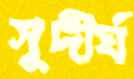
সুদীর্ঘ